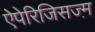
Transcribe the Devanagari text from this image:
ऐपेरिजिसज्म़